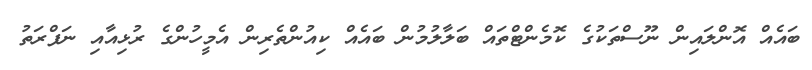
ބައެއް އޮންލައިން ނޫސްތަކުގެ ކޮމެންޓްތައް ބަލާލުމުން ބައެއް ކިއުންތެރިން އެމީހުންގެ ރުޅިއާއި ނަފްރަތު